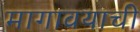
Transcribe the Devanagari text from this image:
मागावयाची